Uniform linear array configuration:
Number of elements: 32
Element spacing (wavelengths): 0.25
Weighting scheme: uniform
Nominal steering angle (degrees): -45
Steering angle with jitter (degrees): -46.995
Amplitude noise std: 0.05
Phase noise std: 0.05

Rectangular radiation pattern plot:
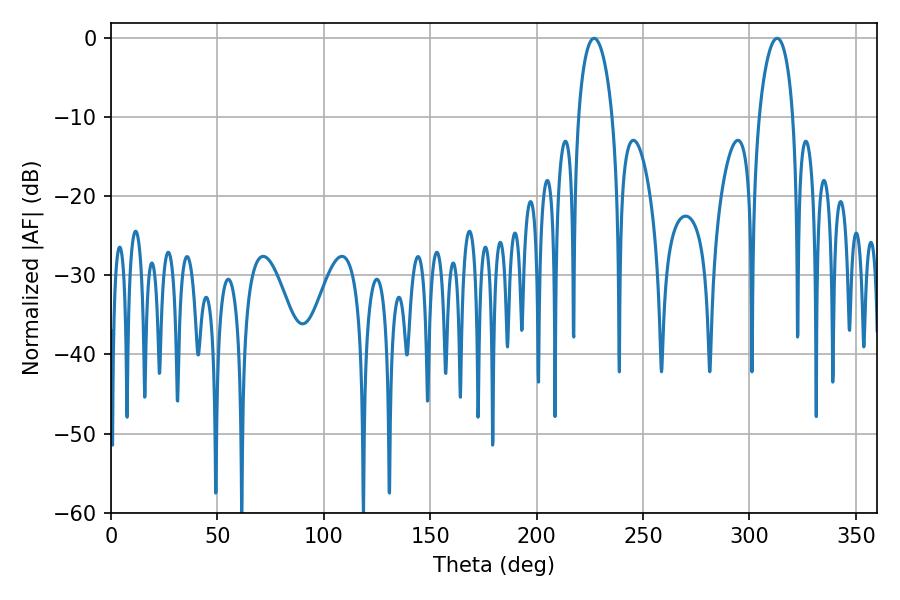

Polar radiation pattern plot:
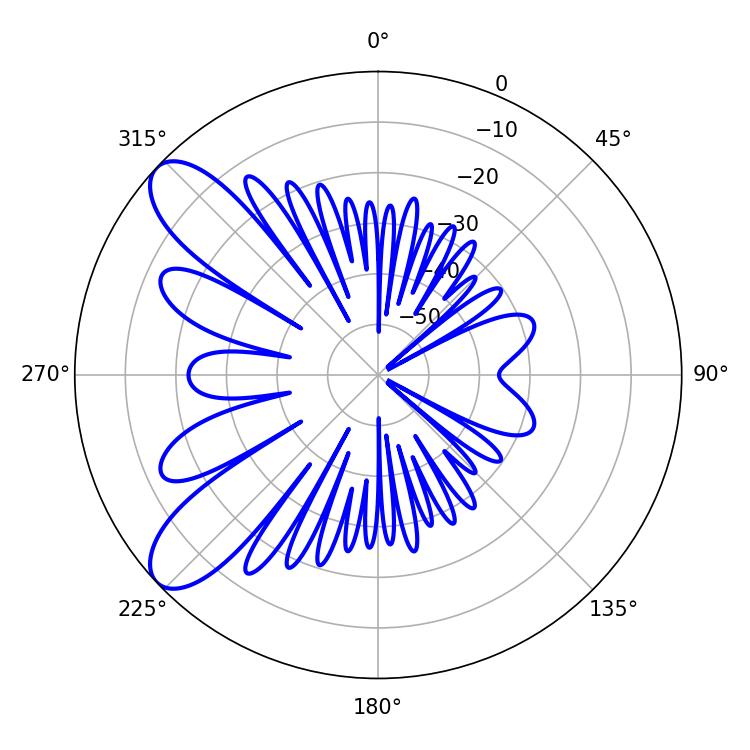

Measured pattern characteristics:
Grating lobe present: FALSE
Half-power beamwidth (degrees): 9.18
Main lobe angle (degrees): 226.98